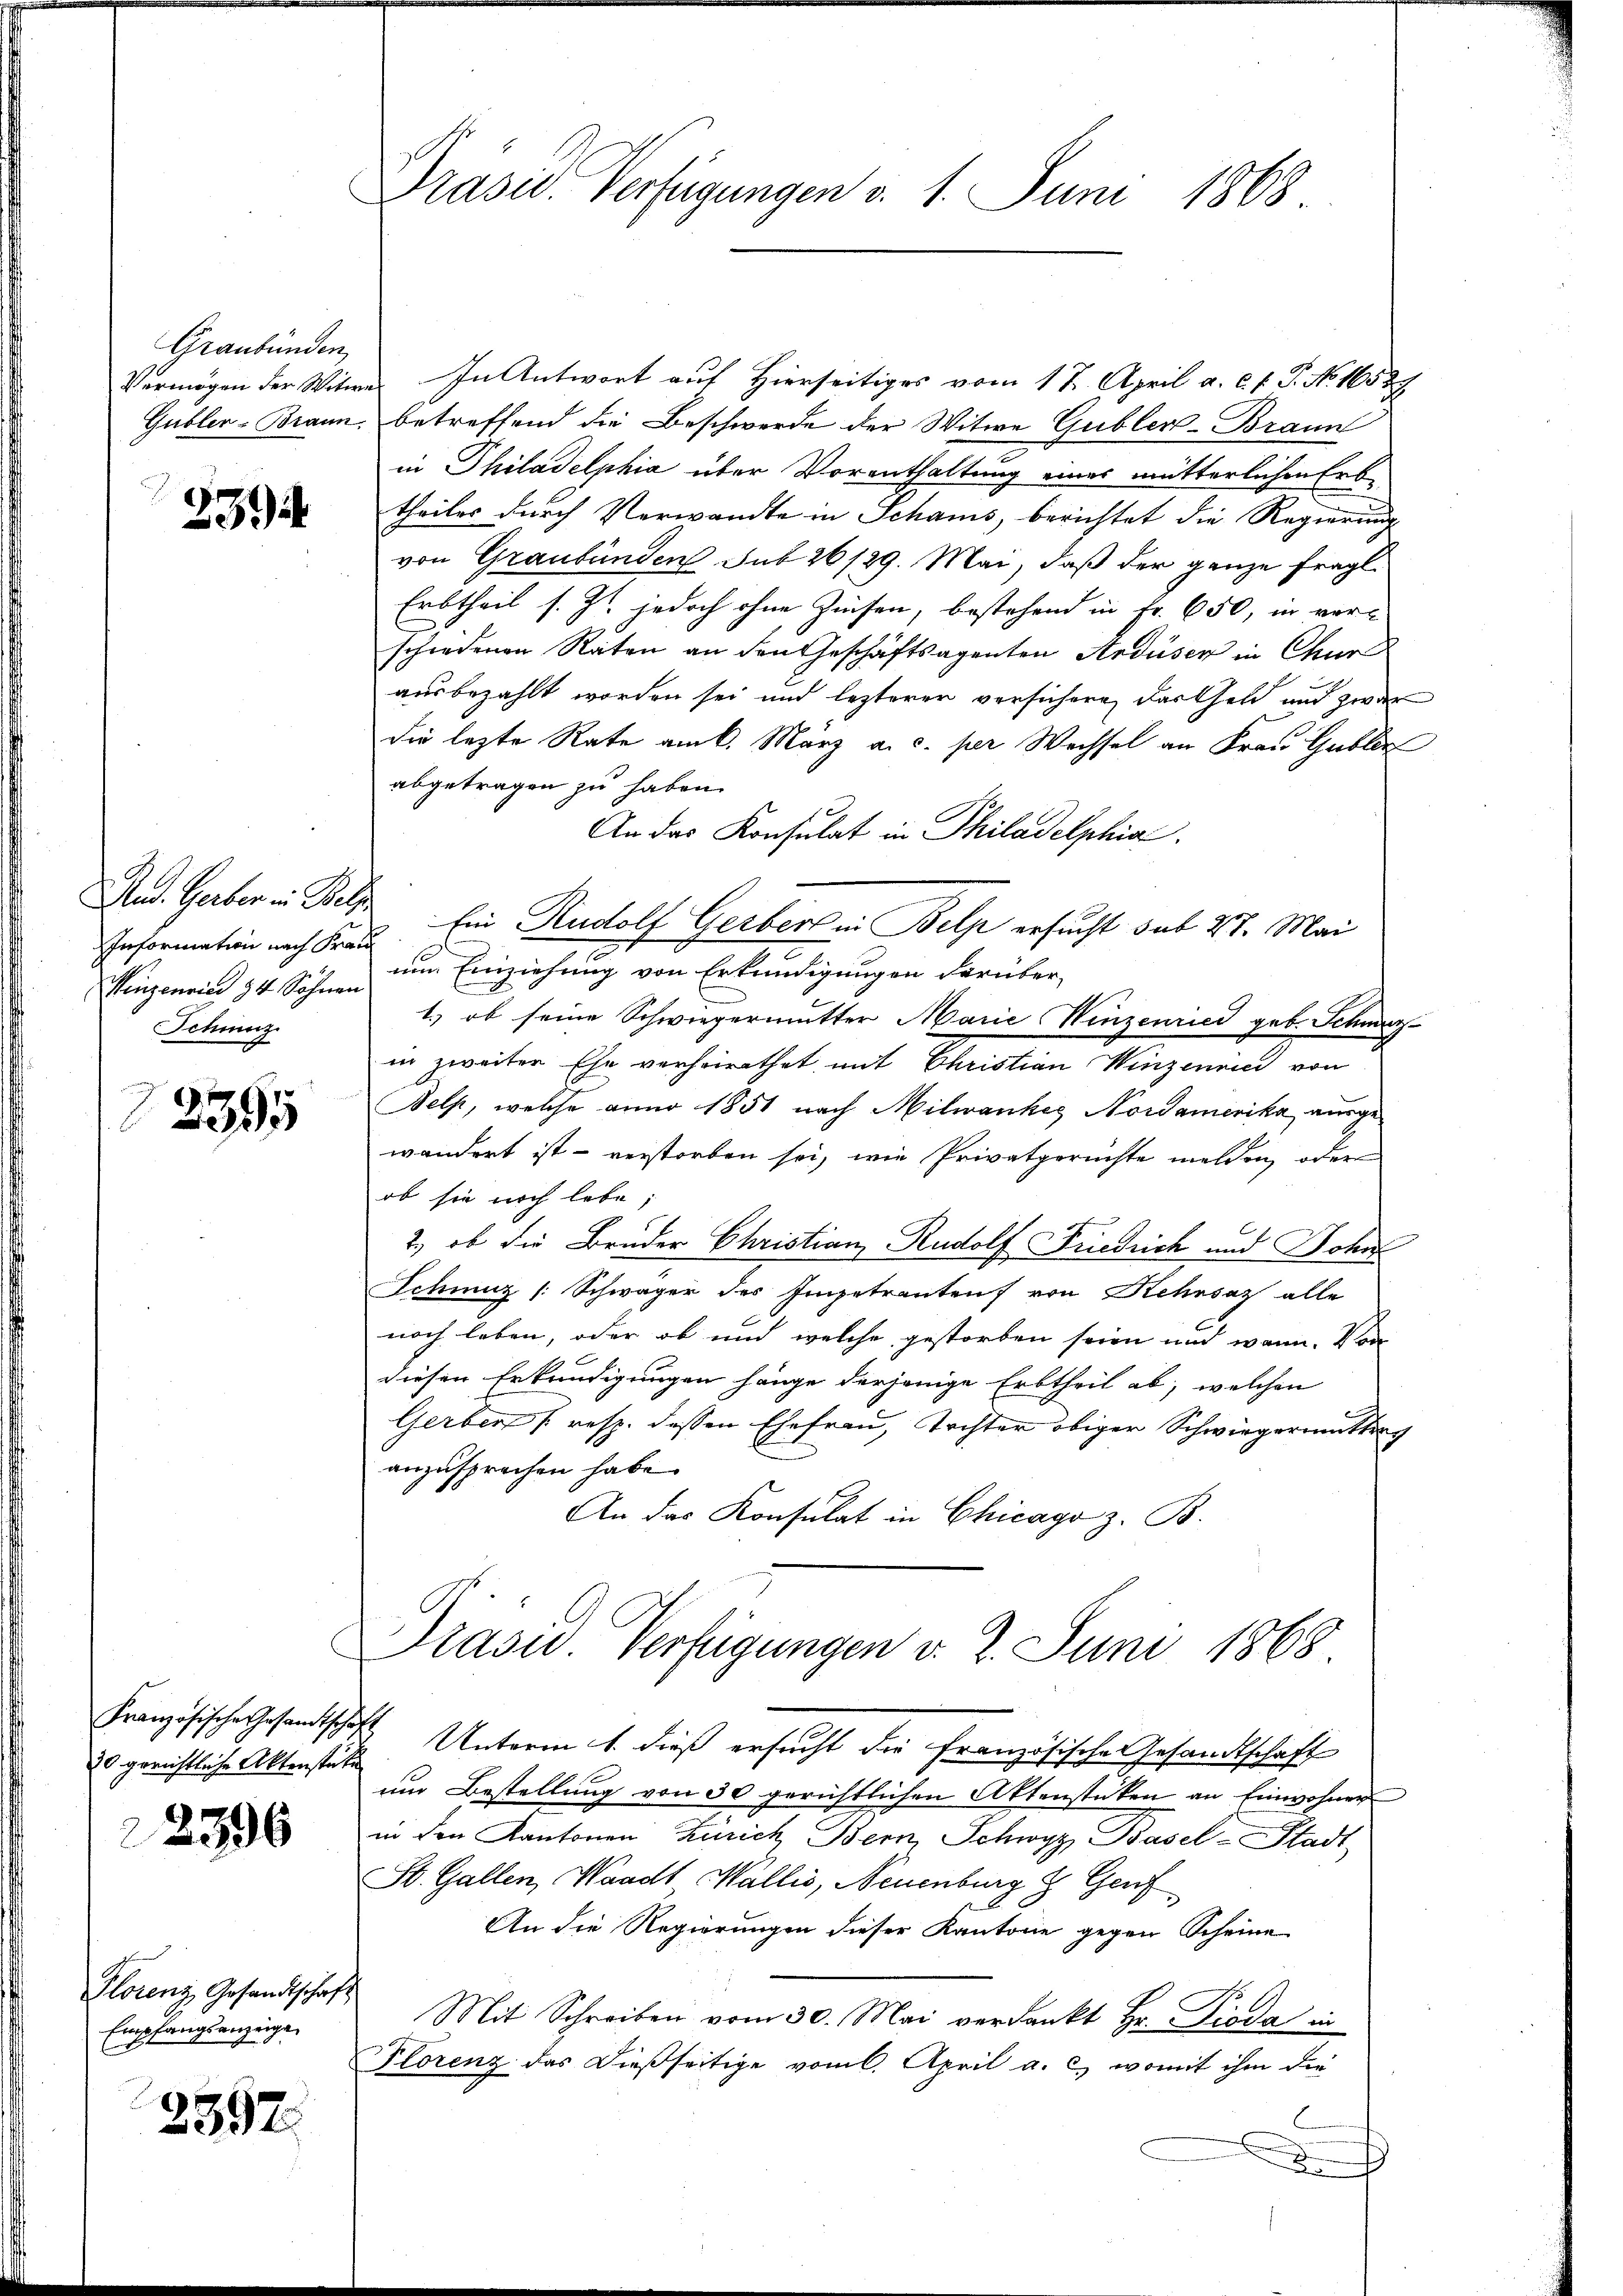
Graubünden,

2394

Information nach Frau
Hinzenried 94 Söhnen
Schinz
2395

Französische Gesandtschaft
22396

Florenz Gesandtschaf
Empfangsanzeige

2397.

Präsid. Verfügungen v. 1. Juni 1868.

Vermögen der Witwe. In Antwort auf Hierseitiges vom 12. April a. c. f. P. No. 16529
Gubler-Brann, betreffend die Beschwerde der Witwe Gubler-Brann
in Philadelphia über Vorenthaltung eines mütterlichen Erbe
theiles durch Verwandte in Schans, berichtet die Regierung
von Graubünden Sub 26/29. Mai, daß der ganze fragl.
Erbtheil s. Zt. jedoch ohne Zinsen, bestehend in Fr. 650, in verschiedenen Raten an den Geschäftsagenten Ardüser in Chur
ausbezahlt worden sei und lezterer versichern, darthalt und zwar
die lezte Rate am 6. März a. c. per Wechsel an Frau Gable
abgetragen zu haben.
An das Konsulat in Philadelphia
And. Gerber in Biele Ein Rudolf Gerbert ein Belp ersucht sub 27. Mai
um Einziehung von Erkundigungen darüber-
1.) ob seine Schwiegermutter Marie-Winzenried geb. Schwerz-
in zweiter Ehe verheirathet, mit Christian Winzenrici von
Belp, welche anno 1851 nach Milwankes Nordamerika ausgewandert ist - verstorben sei, wie Privatgerichte melden, oder
ob sie noch lebe;
2., ob die Bruder Christian Rudolf Friedrich und Sohn
Schinz (: Schwäger des Impetranten von Rehrsaz alle
noch leben, oder ob und welche gestorben seien und wann. Von
diesen Erkundigungen hänge derjenige Erbtheil ab, welchen
Gerben (resp. dessen Ehefrau, Tochter obiger Schwiegermittag
anzusprechen habe.
An das Konsulat in Chicago z. B.

Präsid. Verfügungen v. 2. Juni 1868

20 gerichtliche Aktenstüke Unterm 1. dieß ersucht die Französische Gesandtschaft
um Bestellung von 30 gerichtlichen Aktenstücken an Einwohner
in den Kantonen Zürich Bern, Schwyz, Basel-Stadt
St. Gallen, Waadt Wallis, Neuenburg & Genf
An die Regierungen dieser Kantone gegen Scheine
Mit Schreiben vom 30. Mai verdankt Hr. Dieda in
Florenz das dießseitige vom 6. April a. c. womit ihm die
x